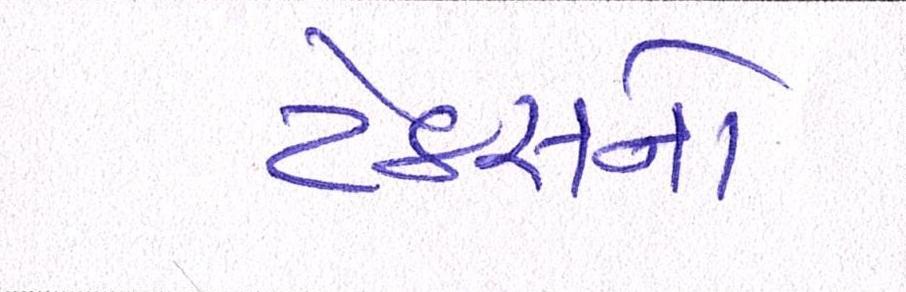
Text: ટેકસનો